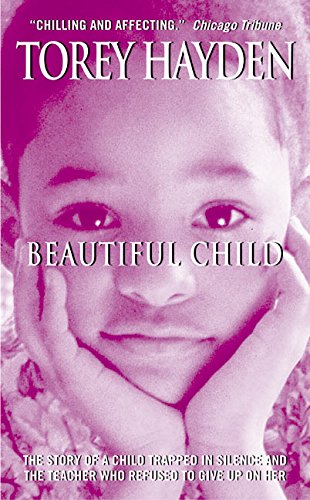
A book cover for Beautiful Child; Torey Hayden; Politics & Social Sciences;